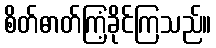
စိတ်ဓာတ်ကြံ့ခိုင်ကြသည်။